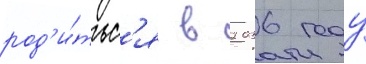
род'и́тьс'я в 2036 году